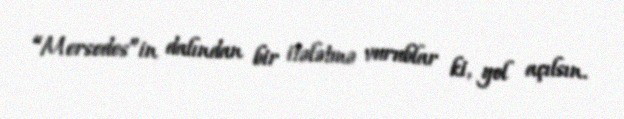
“Mersedes”in dalından bir itələtmə vurublar ki, yol açılsın.